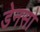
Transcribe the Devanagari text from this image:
डेनसो